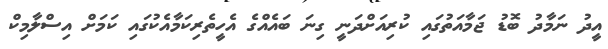
އީދު ނަމާދު ބޮޑު ޖަމާއަތުގައި ކުރިއަށްދަނީ ގިނަ ބައެއްގެ އެހީތެރިކަމާއެކުގައި ކަމަށް އިސްލާމިކް